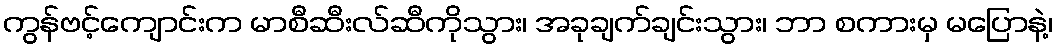
ကွန်ဗင့်ကျောင်းက မာစီဆီးလ်ဆီကိုသွား၊ အခုချက်ချင်းသွား၊ ဘာ စကားမှ မပြောနဲ့၊